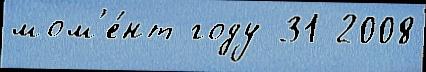
мом'е́нт году 31 2008